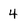
Character: 4